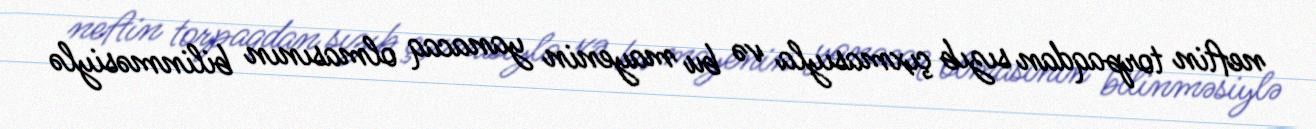
neftin torpaqdan sızıb çıxmasıyla və bu mayenin yanacaq olmasının bilinməsiylə